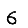
Digit: 6